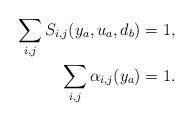
LaTeX: \begin{align*} \sum_{i,j} S_{i,j}(y_a,u_a,d_b) &= 1, \\ \sum_{i,j} \alpha_{i,j}(y_a) &= 1. \end{align*}